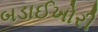
બડાઈખોરી